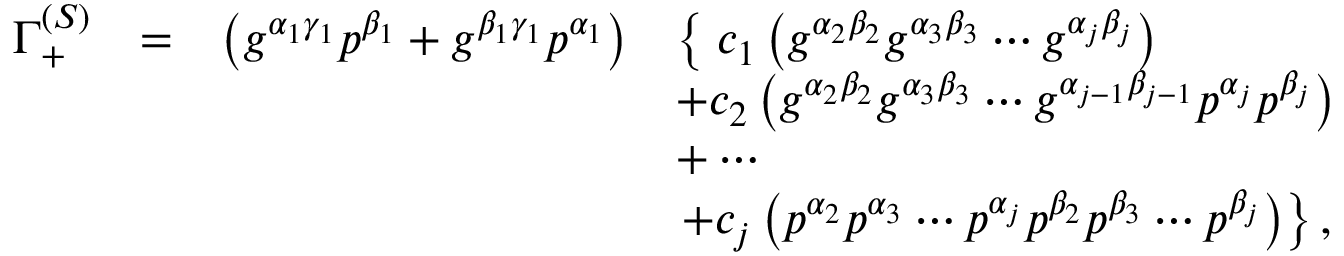
\begin{array} { r c r l } { { \Gamma _ { + } ^ { ( S ) } } } & { { = } } & { { \left( g ^ { \alpha _ { 1 } \gamma _ { 1 } } p ^ { \beta _ { 1 } } + g ^ { \beta _ { 1 } \gamma _ { 1 } } p ^ { \alpha _ { 1 } } \right) } } & { { \left\{ \; c _ { 1 } \left( g ^ { \alpha _ { 2 } \beta _ { 2 } } g ^ { \alpha _ { 3 } \beta _ { 3 } } \cdots g ^ { \alpha _ { j } \beta _ { j } } \right) \right. } } \\ { { } } & { { } } & { { } } & { { + c _ { 2 } \left( g ^ { \alpha _ { 2 } \beta _ { 2 } } g ^ { \alpha _ { 3 } \beta _ { 3 } } \cdots g ^ { \alpha _ { j - 1 } \beta _ { j - 1 } } p ^ { \alpha _ { j } } p ^ { \beta _ { j } } \right) } } \\ { { } } & { { } } & { { } } & { { + \cdots } } \\ { { } } & { { } } & { { } } & { { \left. + c _ { j } \left( p ^ { \alpha _ { 2 } } p ^ { \alpha _ { 3 } } \cdots p ^ { \alpha _ { j } } p ^ { \beta _ { 2 } } p ^ { \beta _ { 3 } } \cdots p ^ { \beta _ { j } } \right) \right\} , } } \end{array}